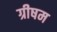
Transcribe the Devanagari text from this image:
ग्रीषम